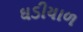
ઘડીયાળ